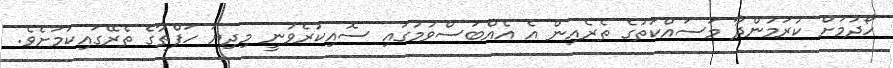
ހޯދުމަށް ކުރަމުންދާ މަސައްކަތުގެ ތެރެއިން އެ އެއްބަސްވުމުގައި ސޮއިކުރެވުނީ މިދިޔަ ހަފްތާގެ ތެރޭގައިކަމަށެވެ.